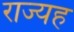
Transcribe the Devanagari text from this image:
राज्यह